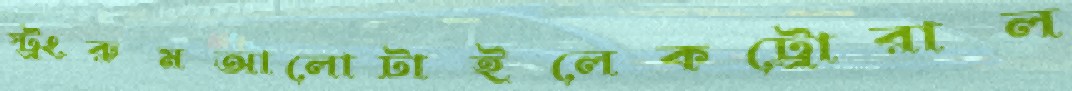
স্ট্রংরুমআলোটাইলেকট্রোরাল